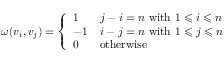
\omega ( v _ { i } , v _ { j } ) = { \left\{ \begin{array} { l l } { 1 } & { j - i = n { \mathrm { ~ w i t h ~ } } 1 \leqslant i \leqslant n } \\ { - 1 } & { i - j = n { \mathrm { ~ w i t h ~ } } 1 \leqslant j \leqslant n } \\ { 0 } & { { \mathrm { o t h e r w i s e } } } \end{array} \right. }